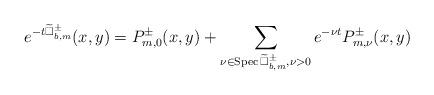
LaTeX: \begin{align*} e^{-t\widetilde{\Box}^{\pm}_{b,m}}(x,y)=P^{\pm}_{m,0}(x,y)+\sum_{\nu\in\mathrm{Spec\,}\widetilde{\Box}^{\pm}_{b,m},\nu>0}e^{-\nu t}P^{\pm}_{m,\nu}(x,y)\end{align*}